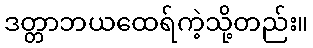
ဒတ္တာဘယထေရ်ကဲ့သို့တည်း။